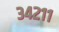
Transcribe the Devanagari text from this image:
३४२११